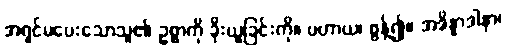
အရှင်မပေးသောသူ၏ ဥစ္စာကို ခိုးယူခြင်းကို။ ပဟာယ၊ စွန့်၍။ အဒိန္နာဒါနာ၊